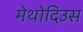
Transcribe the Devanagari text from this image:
मेथोदिउस